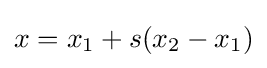
x=x_{1}+s(x_{2}-x_{1})